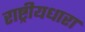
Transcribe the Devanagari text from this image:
राष्ट्रीयधारा